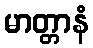
မာတ္တာနံ